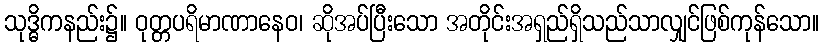
သုဒ္ဓိကနည်း၌။ ဝုတ္တပရိမာဏာနေဝ၊ ဆိုအပ်ပြီးသော အတိုင်းအရှည်ရှိသည်သာလျှင်ဖြစ်ကုန်သော။